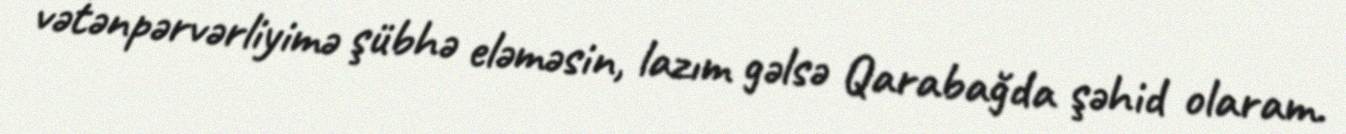
vətənpərvərliyimə şübhə eləməsin, lazım gəlsə Qarabağda şəhid olaram.